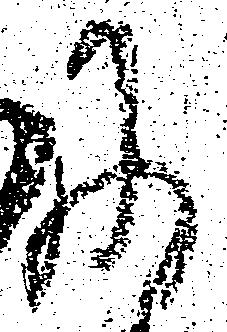
に